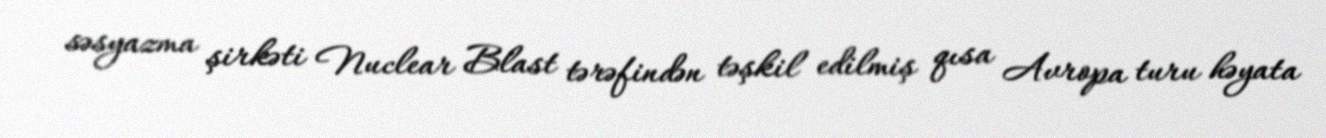
səsyazma şirkəti Nuclear Blast tərəfindən təşkil edilmiş qısa Avropa turu həyata